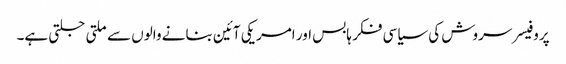
پروفیسر سروش کی سیاسی فکر ہابس اور امریکی آئین بنانے والوں سے ملتی جلتی ہے۔